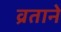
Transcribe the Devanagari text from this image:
व्रताने